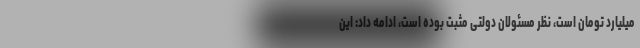
میلیارد تومان است، نظر مسئولان دولتی مثبت بوده است، ادامه داد: این